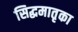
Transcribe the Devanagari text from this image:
सिद्धमातृका